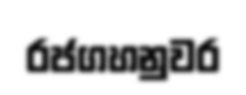
රජගහනුවර